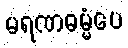
မရဏဓမ္မံပေ